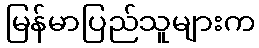
မြန်မာပြည်သူများက